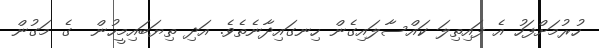
ހުރުމަށްފަހު އެ ފައިތިލަ ކައްސާލައިގެން ހިނގައިދާނެތެވެ. އަދި ތިޔަބައިމީހުން  ގެ މަގުން